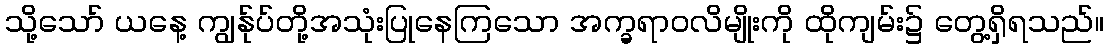
သို့သော် ယနေ့ ကျွန်ုပ်တို့အသုံးပြုနေကြသော အက္ခရာဝလိမျိုးကို ထိုကျမ်း၌ တွေ့ရှိရသည်။